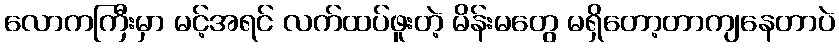
လောကကြီးမှာ မင့်အရင် လက်ထပ်ဖူးတဲ့ မိန်းမတွေ မရှိတော့တာကျနေတာပဲ